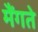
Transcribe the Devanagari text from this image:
मैंगते